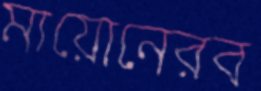
মায়োনেরব